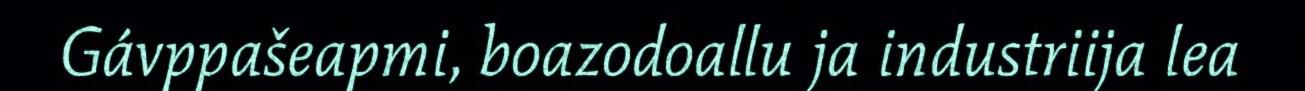
Gávppašeapmi, boazodoallu ja industriija lea